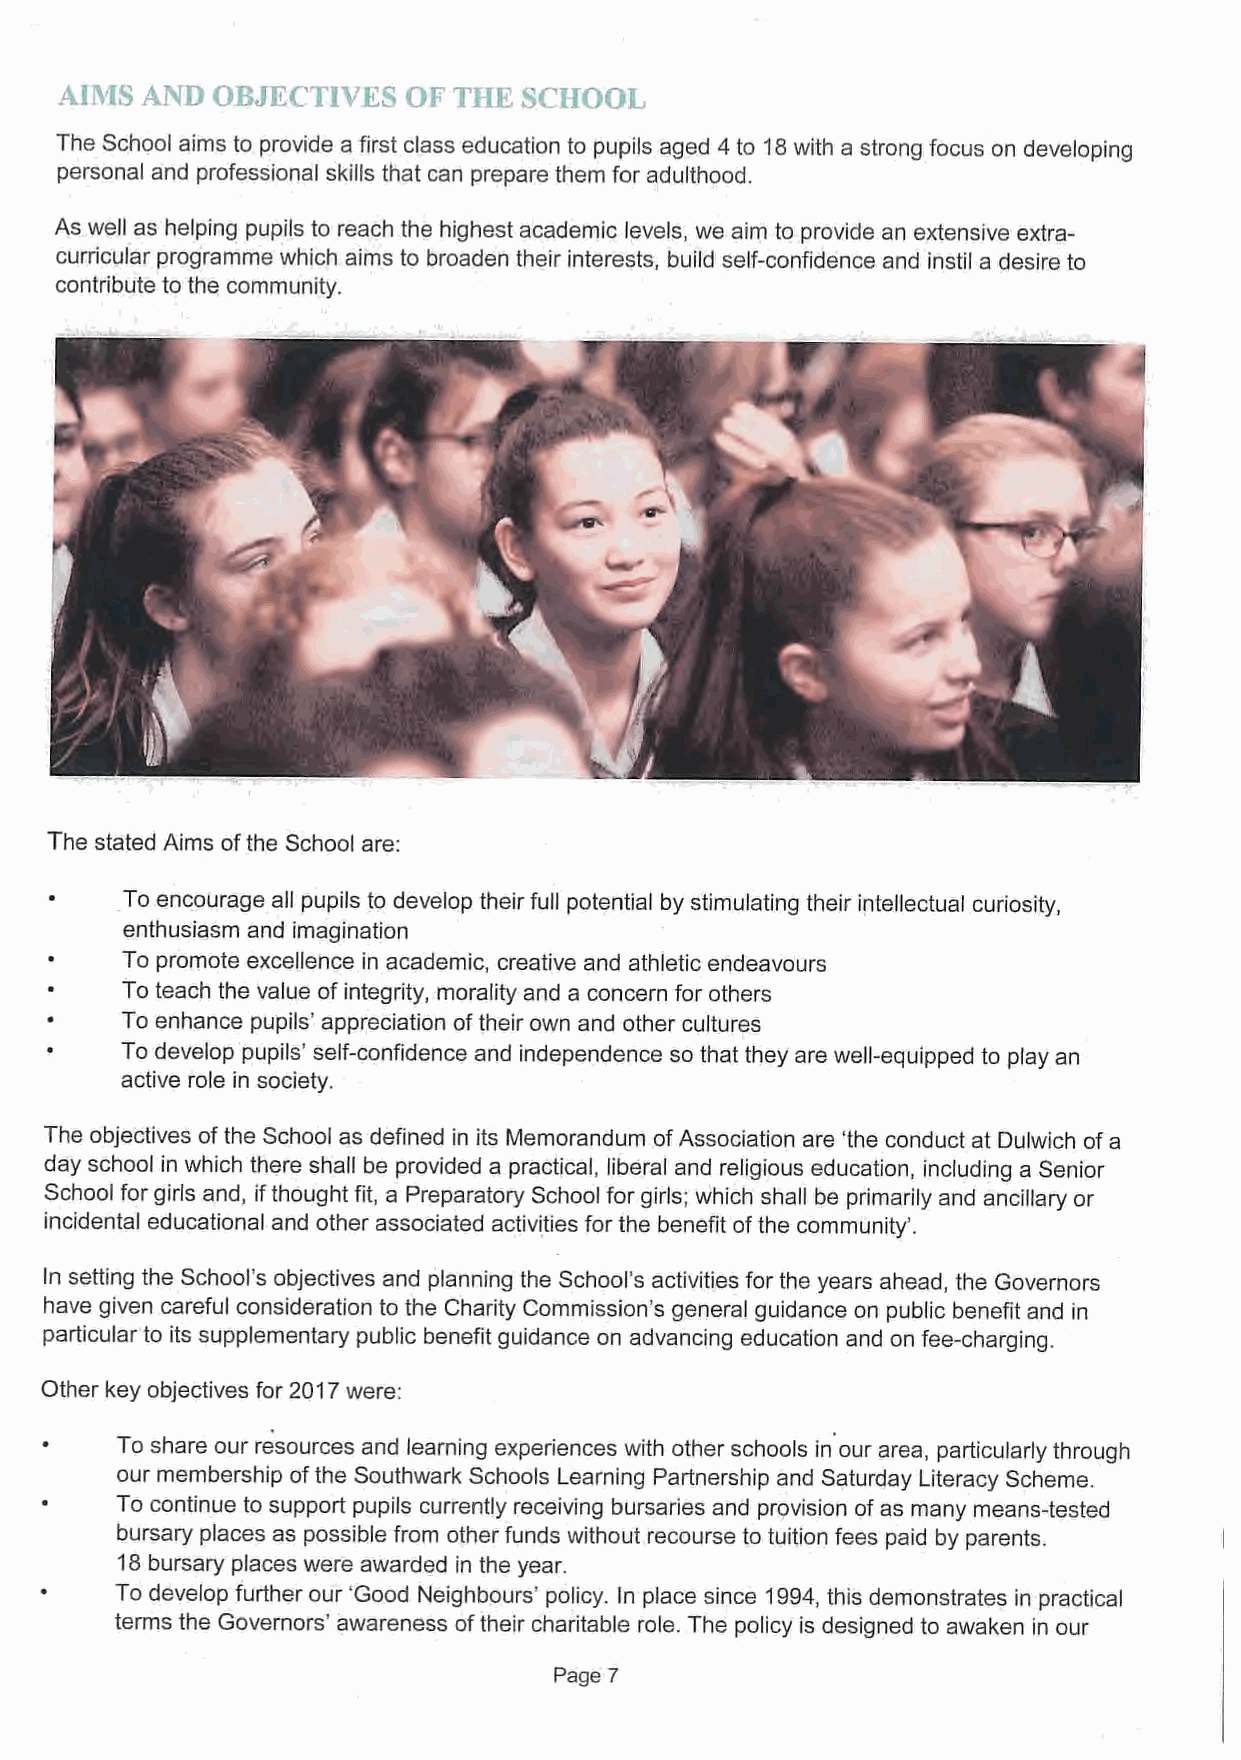
The School aims to provide a first class education to pupils aged 4 to 18with a strong focus on developing
 personal and professional skills that can prepare them for adulthood.
 As well as helping pupils to reach the highest academic levels, we aim to provide an extensive extra-
 curricular programme which aims to broaden their interests, build self-confidence and instil a desire to
 contribute to the community,
 The stated Aims ofthe School are:
 To encourage all pupils to develop their full potential by stimulating their intellectual curiosity,
 enthusiasm and imagination
 To promote excellence in academic, creative and athletic endeavours
 To teach the value of integrity, morality and a concern for others
 To enhance pupils' appreciation oftheir own and other cultures
 To develop pupils' self-confidence and independence so that they are well-equipped to play an
 active role in society.
 The objectives ofthe School as defined in its Memorandum ofAssociation are 'the conduct at Dulwich ofa
 day school in which there shall be provided a practical, liberal and religious education, including a Senior
 School for girls and, ifthought fit, a Preparatory School for girls; which shall be primarily and ancillary or
 incidental educational and other associated activities for the benefit ofthe community'.
 In setting the School's objectives and planning the School's activities for the years ahead, the Governors
 have given careful consideration to the Charity Commission's general guidance on public benefit and in
 particular to its supplementary public benefit guidance on advancing education and on fee-charging.
 Other key objectives for 2017were:
 ~    To share our resources and learning experiences with other schools in our area, particularly through
 our membership ofthe Southwark Schools Learning Partnership and Saturday Literacy Scheme.
 ~    To continue to support pupils currently receiving bursaries and provision ofas many means-tested
 bursary places as possible from other funds without recourse to tuition fees paid by parents.
 18bursary places were awarded in the year.
 ~    To develop further our 'Good Neighbours' policy. In place since 1994,this demonstrates in practical
 terms the Governors' awareness oftheir charitable role. The policy is designed to awaken in our
 Page 7